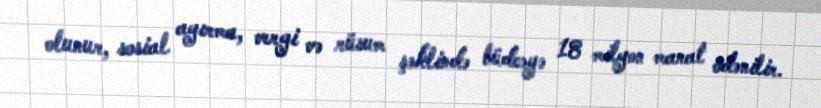
olunur, sosial ayırma, vergi və rüsum şəklində büdcəyə 18 milyon manat ödənilir.